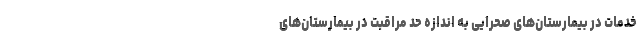
خدمات در بیمارستان‌های صحرایی به اندازه حد مراقبت در بیمارستان‌های